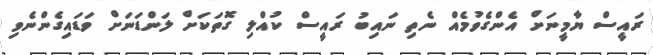
ރައީސް ޔާމީނަށް އެންގެވުމެއް ނެތި ނައިބު ރައީސް ކުއްލި ގޮތަކަށް ލަންޑަނަށް ވަޑައިގެންނެވި